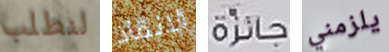
لنطلب الانقاذ جائزة يلزمني